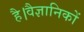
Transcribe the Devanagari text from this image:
है।वैज्ञानिकों